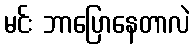
မင်း ဘာပြောနေတာလဲ